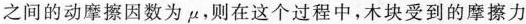
之间的动摩擦因数为\mu，则在这个过程中，木块受到的摩擦力